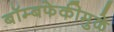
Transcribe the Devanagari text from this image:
बॉम्बफेकीमुळे